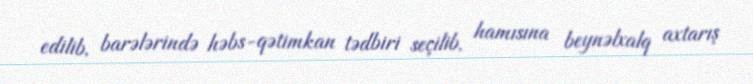
edilib, barələrində həbs-qətimkan tədbiri seçilib, hamısına beynəlxalq axtarış